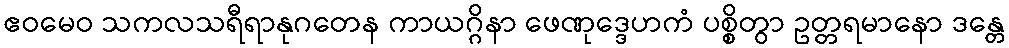
ဧဝမေဝ သကလသရီရာနုဂတေန ကာယဂ္ဂိနာ ဖေဏုဒ္ဒေဟကံ ပစ္စိတွာ ဥတ္တရမာနော ဒန္တေ